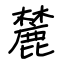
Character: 麓